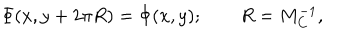
LaTeX: \Phi ( x , y + 2 \pi R ) = \Phi ( x , y ) ; \qquad R = M _ { C } ^ { - 1 } ,